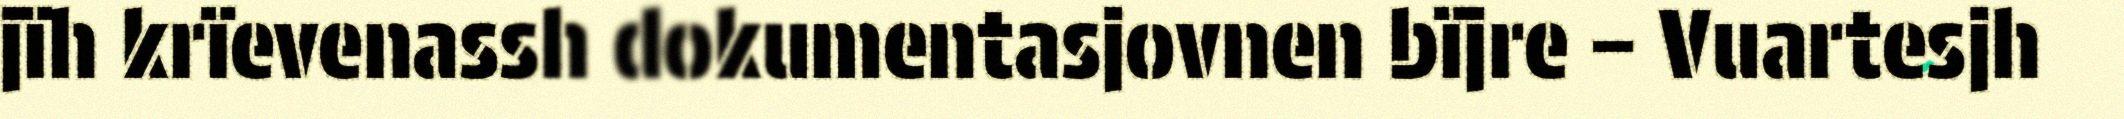
jïh krïevenassh dokumentasjovnen bïjre – Vuartesjh